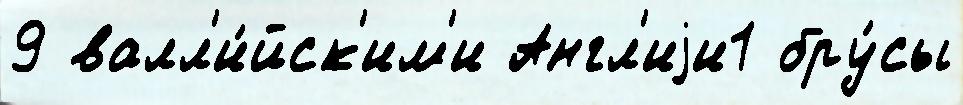
9 валл'и́йск'им'и Англ'иjи1 бру́сы